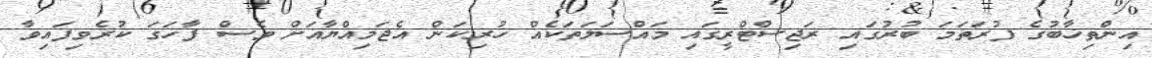
އިންތިޚާބުގެ ފުރަތަމަ ބުރުގައި ރަޖިސްޓްރީގައި މައްސަލަތަކެއް ހުރިކަން އެޖަމިއްޔާއަށް ވެސް ފާހަގަ ކުރެވިފައިވާ